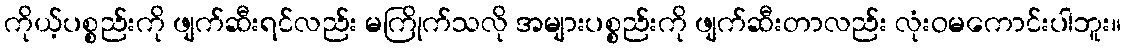
ကိုယ့်ပစ္စည်းကို ဖျက်ဆီးရင်လည်း မကြိုက်သလို အများပစ္စည်းကို ဖျက်ဆီးတာလည်း လုံးဝမကောင်းပါဘူး။